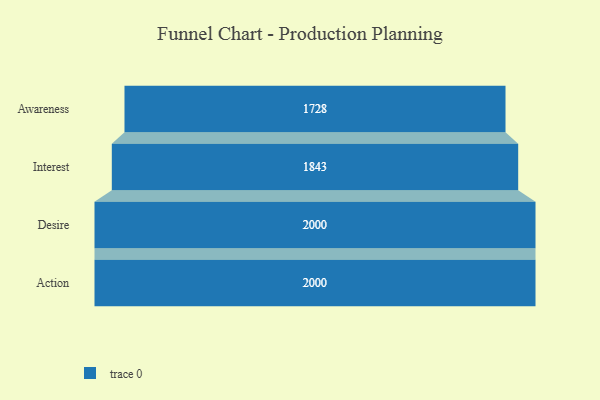
{"axis": {"x": "Stage", "y": "Value"}, "legend": [""], "data": [{"x": "Awareness", "y": 1728.0, "type": ""}, {"x": "Interest", "y": 1843.0, "type": ""}, {"x": "Desire", "y": 2000, "type": ""}, {"x": "Action", "y": 2000, "type": ""}]}